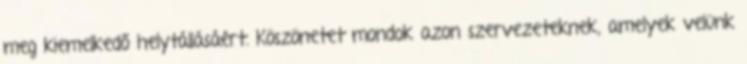
meg kiemelkedő helytállásáért. Köszönetet mondok azon szervezeteknek, amelyek velünk